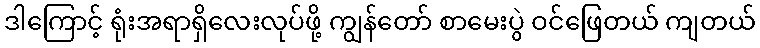
ဒါကြောင့် ရုံးအရာရှိလေးလုပ်ဖို့ ကျွန်တော် စာမေးပွဲ ဝင်ဖြေတယ် ကျတယ်